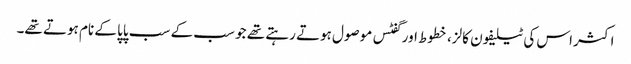
اکثر اس کی ٹیلیفون کالز، خطوط اور گفٹس موصول ہوتے رہتے تھے جو سب کے سب پاپا کے نام ہوتے تھے۔